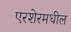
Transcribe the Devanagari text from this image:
एरशेरमधील